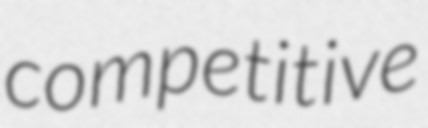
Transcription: competitive